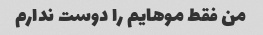
من فقط موهایم را دوست ندارم